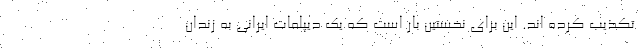
تکذیب کرده اند. این برای نخستین بار است که یک دیپلمات ایرانی به زندان